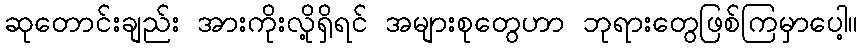
ဆုတောင်းချည်း အားကိုးလို့ရှိရင် အများစုတွေဟာ ဘုရားတွေဖြစ်ကြမှာပေါ့။